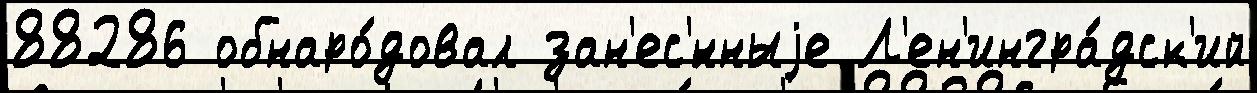
88286 обнаро́довал зан'ес'́нныjе Л'ен'ингра́дск'ий